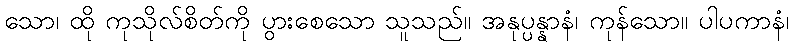
သော၊ ထို ကုသိုလ်စိတ်ကို ပွားစေသော သူသည်။ အနုပ္ပန္နာနံ၊ ကုန်သော။ ပါပကာနံ၊